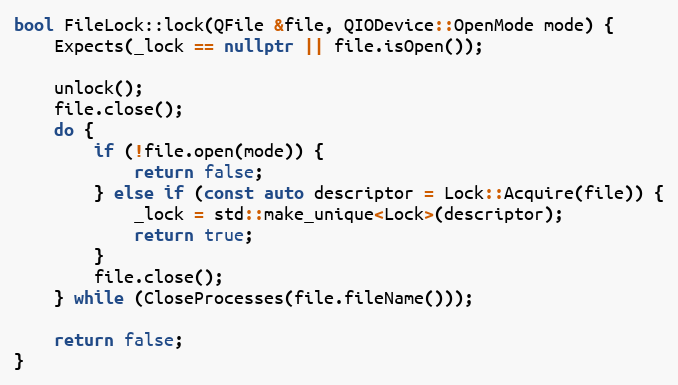
Language: C++
bool FileLock::lock(QFile &file, QIODevice::OpenMode mode) {
	Expects(_lock == nullptr || file.isOpen());

	unlock();
	file.close();
	do {
		if (!file.open(mode)) {
			return false;
		} else if (const auto descriptor = Lock::Acquire(file)) {
			_lock = std::make_unique<Lock>(descriptor);
			return true;
		}
		file.close();
	} while (CloseProcesses(file.fileName()));

	return false;
}